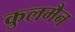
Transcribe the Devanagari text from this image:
कुलमैन